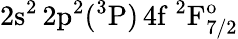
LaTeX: \mathrm{2s^{2}\, 2p^{2}(^{3}P)\, 4f~^{2}F_{7/2}^{o}}